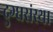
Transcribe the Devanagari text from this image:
दुग्धसंस्था